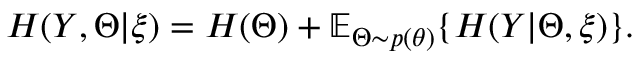
H ( Y , \Theta | \xi ) = H ( \Theta ) + \mathbb { E } _ { \Theta \sim p ( \theta ) } \{ H ( Y | \Theta , \xi ) \} .